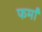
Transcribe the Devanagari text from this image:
फर्मां